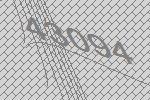
43094